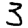
Digit: 3